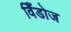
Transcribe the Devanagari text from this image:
विँडोज